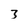
Character: 3